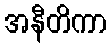
အနီတိကာ